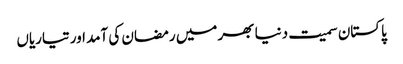
پاکستان سمیت دنیا بھر میں رمضان کی آمد اور تیاریاں